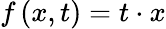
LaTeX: f\left(x,t\right)=t\cdot x